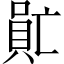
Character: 𠺯